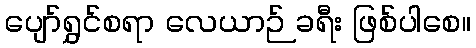
ပျော်ရွှင်စရာ လေယာဉ် ခရီး ဖြစ်ပါစေ။